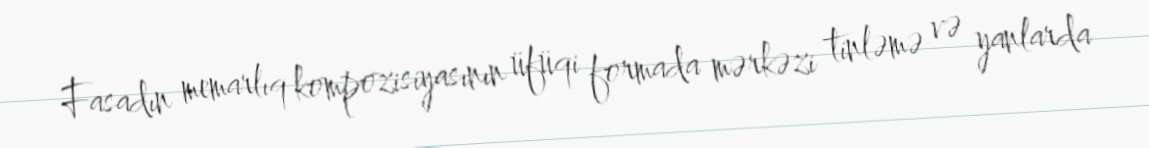
Fasadın memarlıq kompozisiyasının üfüqi formada mərkəzi tinləmə və yanlarda